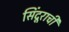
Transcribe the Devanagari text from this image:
सिंदूराची